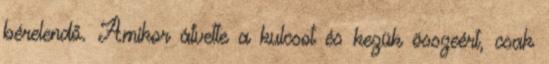
bérelendő. Amikor átvette a kulcsot és kezük összeért, csak